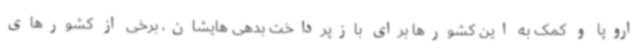
اروپا و کمک به این کشورها برای بازپرداخت بدهی هایشان، برخی از کشورهای